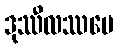
ဒုဿီလဿပေ